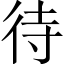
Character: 待